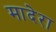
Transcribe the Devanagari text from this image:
मादेरा